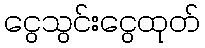
ငွေသွင်းငွေထုတ်